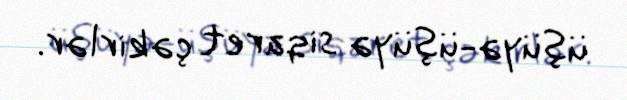
üşüyə-üşüyə siqaret çəkirlər.